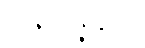
အဇ္ဈာပဇ္ဇန္တိယာ